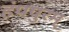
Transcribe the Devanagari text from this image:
हंपपुरम्